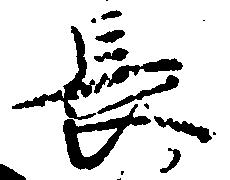
長